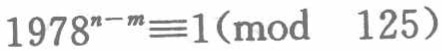
\(1978^{n - m}\equiv1(\text{mod } 125)\)